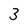
Character: 3